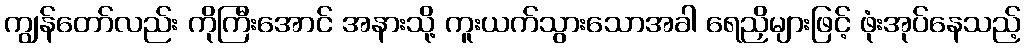
ကျွန်တော်လည်း ကိုကြီးအောင် အနားသို့ ကူးယက်သွားသောအခါ ရေညှိများဖြင့် ဖုံးအုပ်နေသည့်